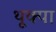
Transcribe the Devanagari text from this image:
थूक्‍पा